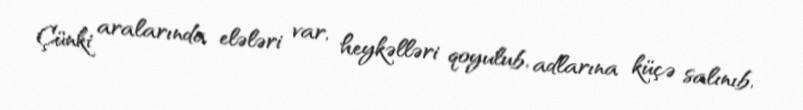
Çünki aralarında elələri var, heykəlləri qoyulub, adlarına küçə salınıb,